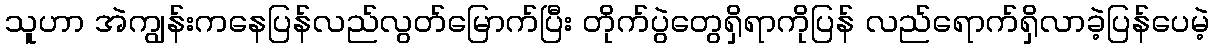
သူဟာ အဲကျွန်းကနေပြန်လည်လွတ်မြောက်ပြီး တိုက်ပွဲတွေရှိရာကိုပြန် လည်ရောက်ရှိလာခဲ့ပြန်ပေမဲ့